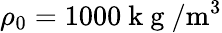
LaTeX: \rho_{0}=1000\mathrm{~k~g~}/\mathrm{m}^{3}